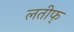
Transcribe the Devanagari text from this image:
लतीफ्